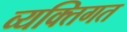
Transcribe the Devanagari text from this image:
व्यक्‍तिगत